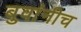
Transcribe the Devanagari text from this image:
बुवांनीच